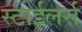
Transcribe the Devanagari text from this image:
स्टाईलर्स